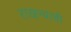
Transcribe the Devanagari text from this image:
राखन्याची